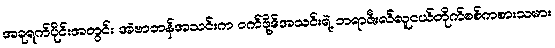
အခုရက်ပိုင်းအတွင်း အဲဗာတန်အသင်းက ဝက်ဖို့ဒ်အသင်းရဲ့ ဘရာဇီးလ်လူငယ်တိုက်စစ်ကစားသမား